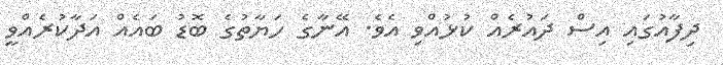
ދިފާއުގައި އިސް ދައުރެއް ކުޅުއްވި އެވެ. އޭނާގެ ހަޔާތުގެ ބޮޑު ބައެއް އަދާކުރެއްވީ